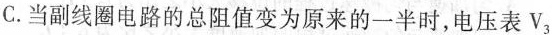
C.当副线圈电路的总阻值变为原来的一半时，电压表V3